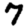
Digit: 7